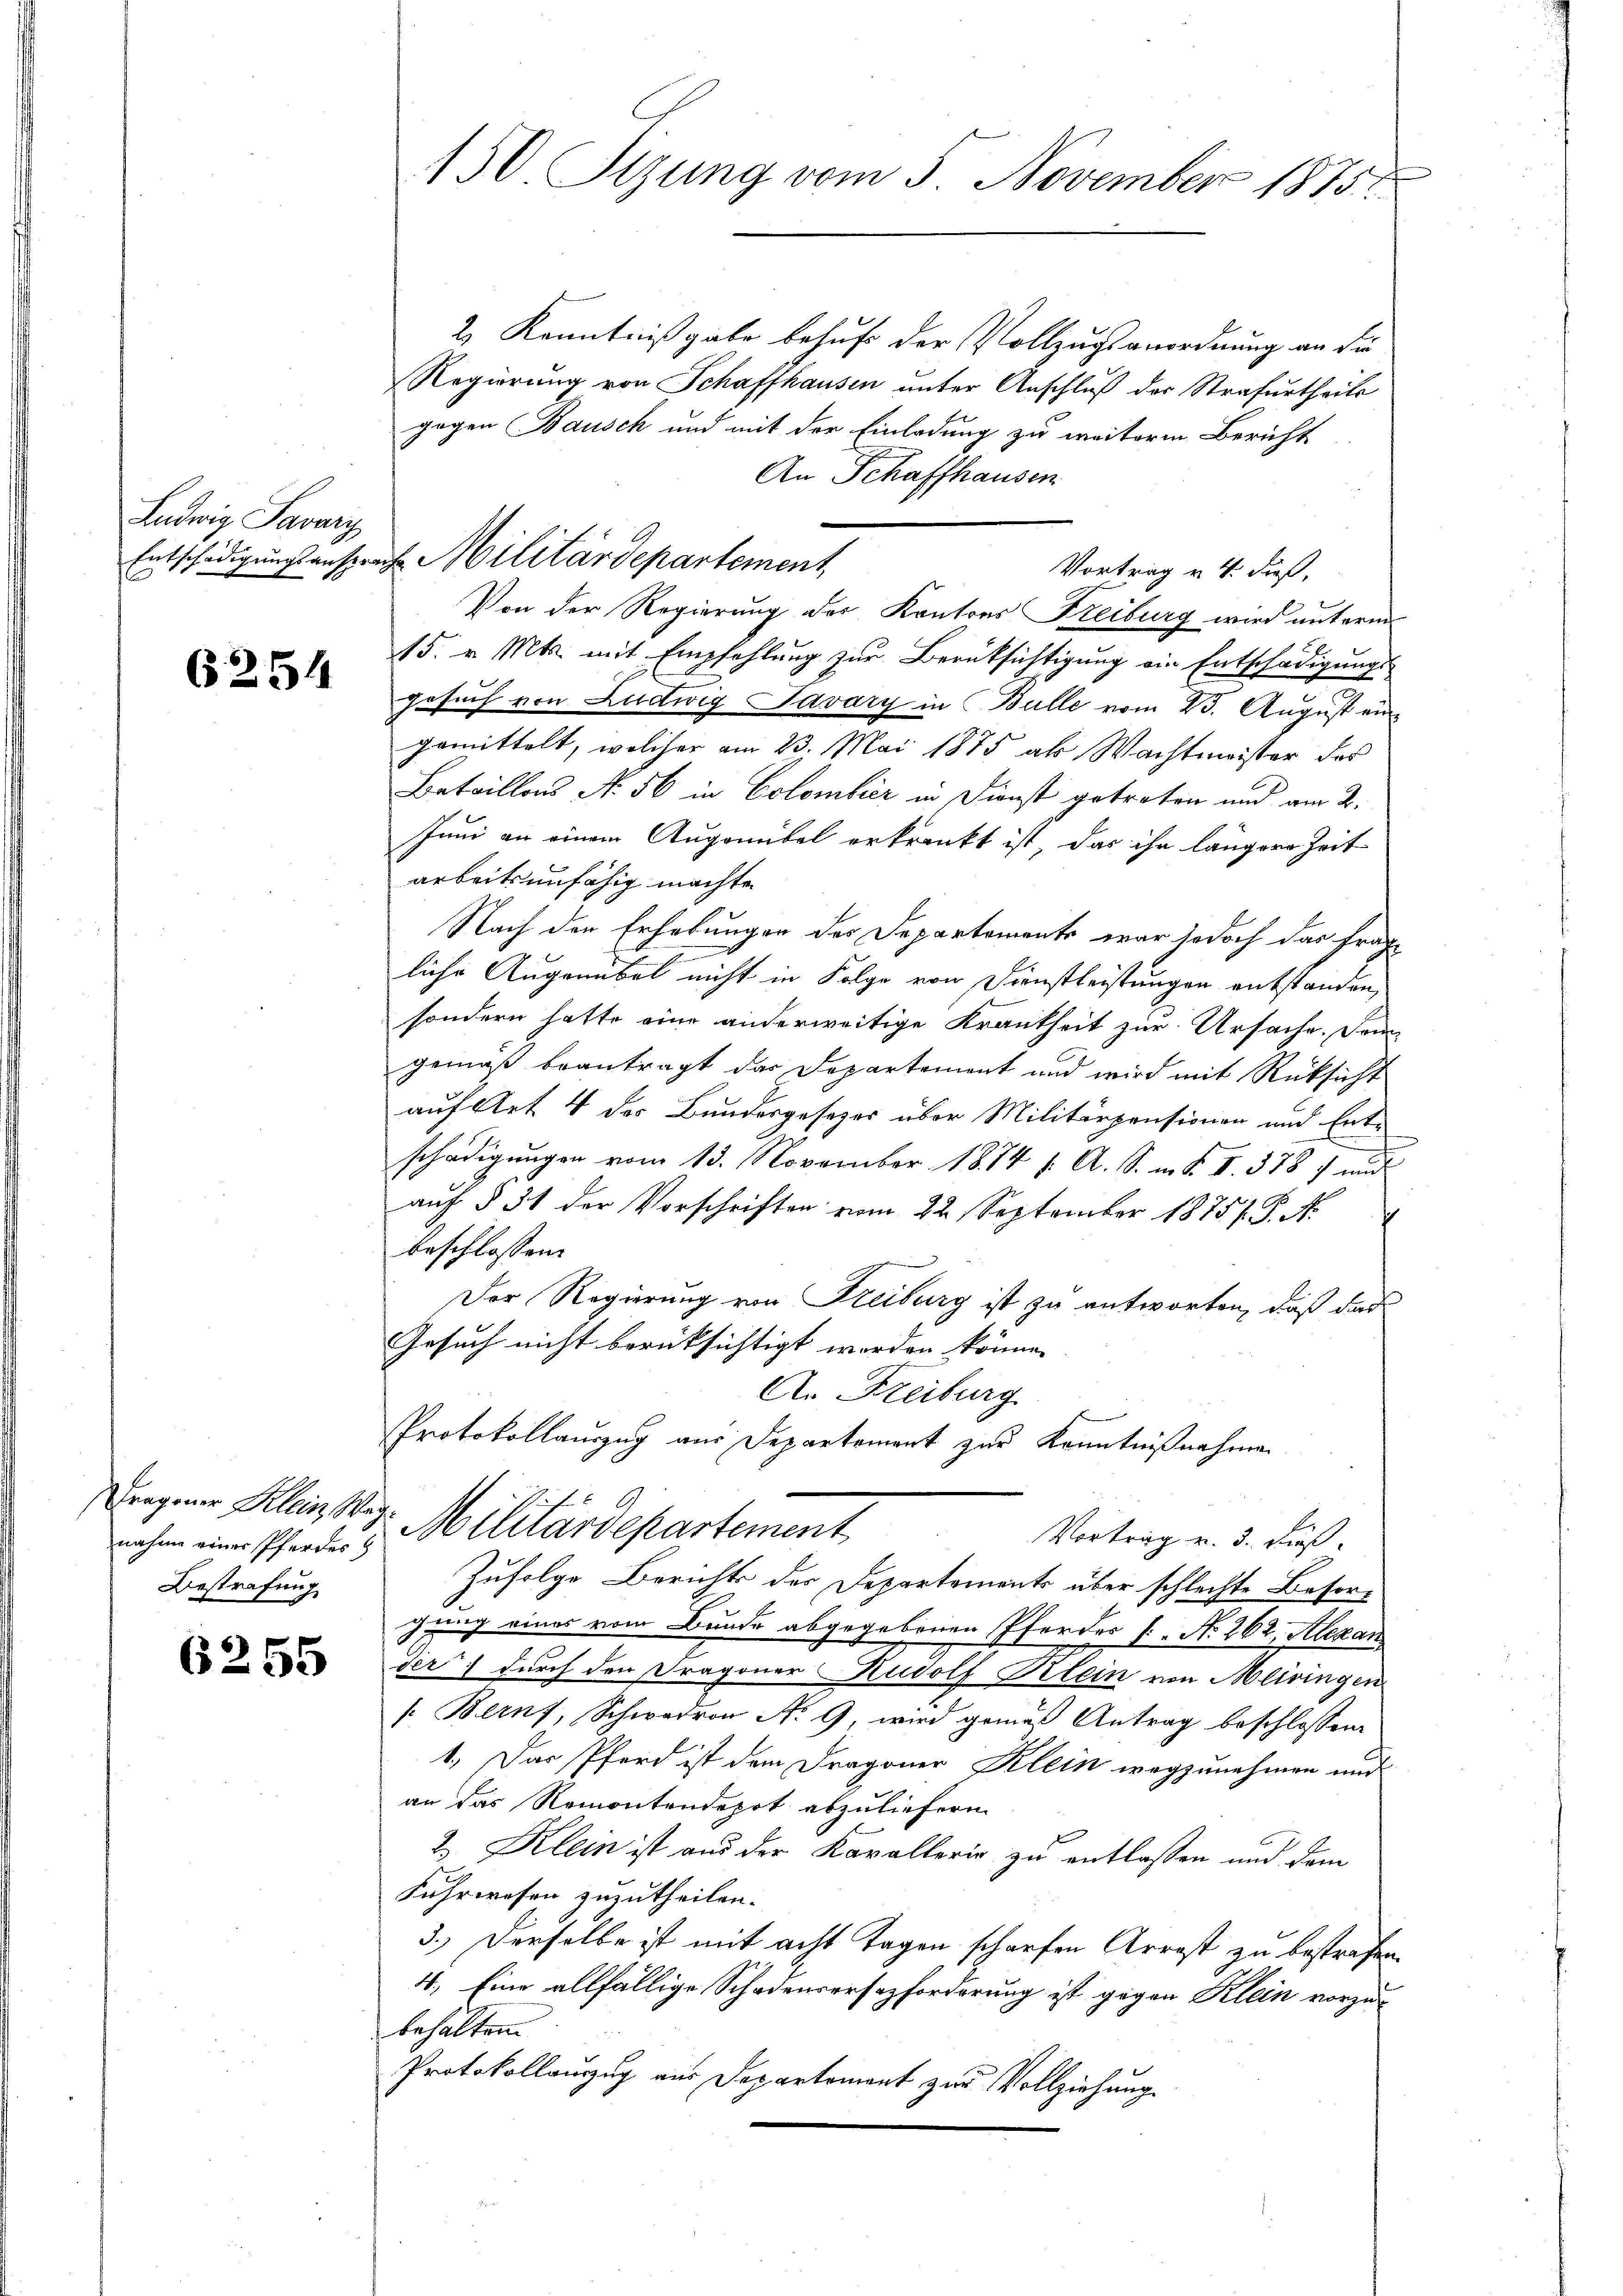
Ludwig Savary
Entschädigungsausser

6254

nahme einer Pferdes
Bestrafung

6255

150 Sizung vom 5 November 1875.

as Militärdepartement

2. Kenntnißgabe behuf der Vollzugsanordnung an die
Regierung von Schaffhausen unter Anschluß der Strafurtheils
gegen Bausch und mit der Einladung zu weitere Bericht
An Schaffhausen
Von der Regierung der Kantons Freiburg wird unterm
15. v. Mts. mit Empfehlung zur Berüksichtigung ein Entschädigungs-
gesuch von Ludwig Javary in Bulle vom 23. August eingemittelt, welcher am 23. Mai 1875 als Wachtmeister das
Bataillons N. 56 in Colombier in Dienst getreten und am 2.
Juni an einem Augemibel erkrankt ist, das ihn längere Zeit
arbeitsunfähig machte
Nach den Erhebungen des Departements war jedoch das frage
liche Augenebel nicht in Folge von Dienstleistungen entstanden,
sondern hatte eine anderweitige Krankheit zur Ursache. Dann
gemäß beantragt das Departement und wird mit Rücksicht
auf Art 4 des Bundesgesezes über Militärpensionen und Entschädigungen vom 13. November 1874 f. A. S. m. F. II. 378 f und
aŭf § 51 der Vorschriften vom 22. September 1875/. G. N.
beschlossen:
Der Regierung von Freiburg ist zu antworten, daß das
Gesuch nicht berücksichtigt werden könne.
An Freiburg
Protokollauszug aus Departement zur Kenntnißnahmen
regener Klein Wig. Militärdepartement
Vortrag v. 3. dieß
Zufolge Berichts der Departements über schlechte Besorgung eines vom Bunde abgegebenen Pferder 1. No 262. Alexan
ser) durch den Dragoner Rudolf Klein von Meiringen
 Bern, Schwadron No. 9, wird gemäß Antrag beschlossen
1. Das Pferd ist dem Dragoner Klein wegzunehmen und
an das Remontendepot abzuliefern.
2. Klein ist aus der Kavallerig zu entlassen und dem
Fuhrwesen zuzutheilen.
3.) Derselbe ist mit acht Tagen scharfen Arrest zu bestrafen.
4. Eine allfällige Schadenversezforderung ist gegen Klein vorzubehalten.
Protokollanzug aus Departement zur Vollziehung

Vortrag v. 4. dieß,